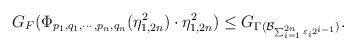
\begin{align*}G_F(\Phi_{p_1, q_1, \cdots, p_n, q_n}(\eta_{1, 2n}^2) \cdot \eta_{1, 2n}^2 ) \leq G_{\Gamma( \mathcal{B}_{\sum_{i=1}^{2n} \varepsilon_{i} 2^{i-1}})}.\end{align*}